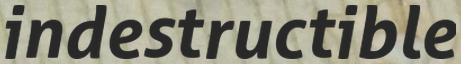
indestructible